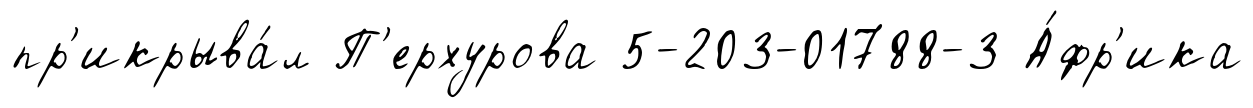
пр'икрыва́л П'ерхурова 5-203-01788-3 А́фр'ика